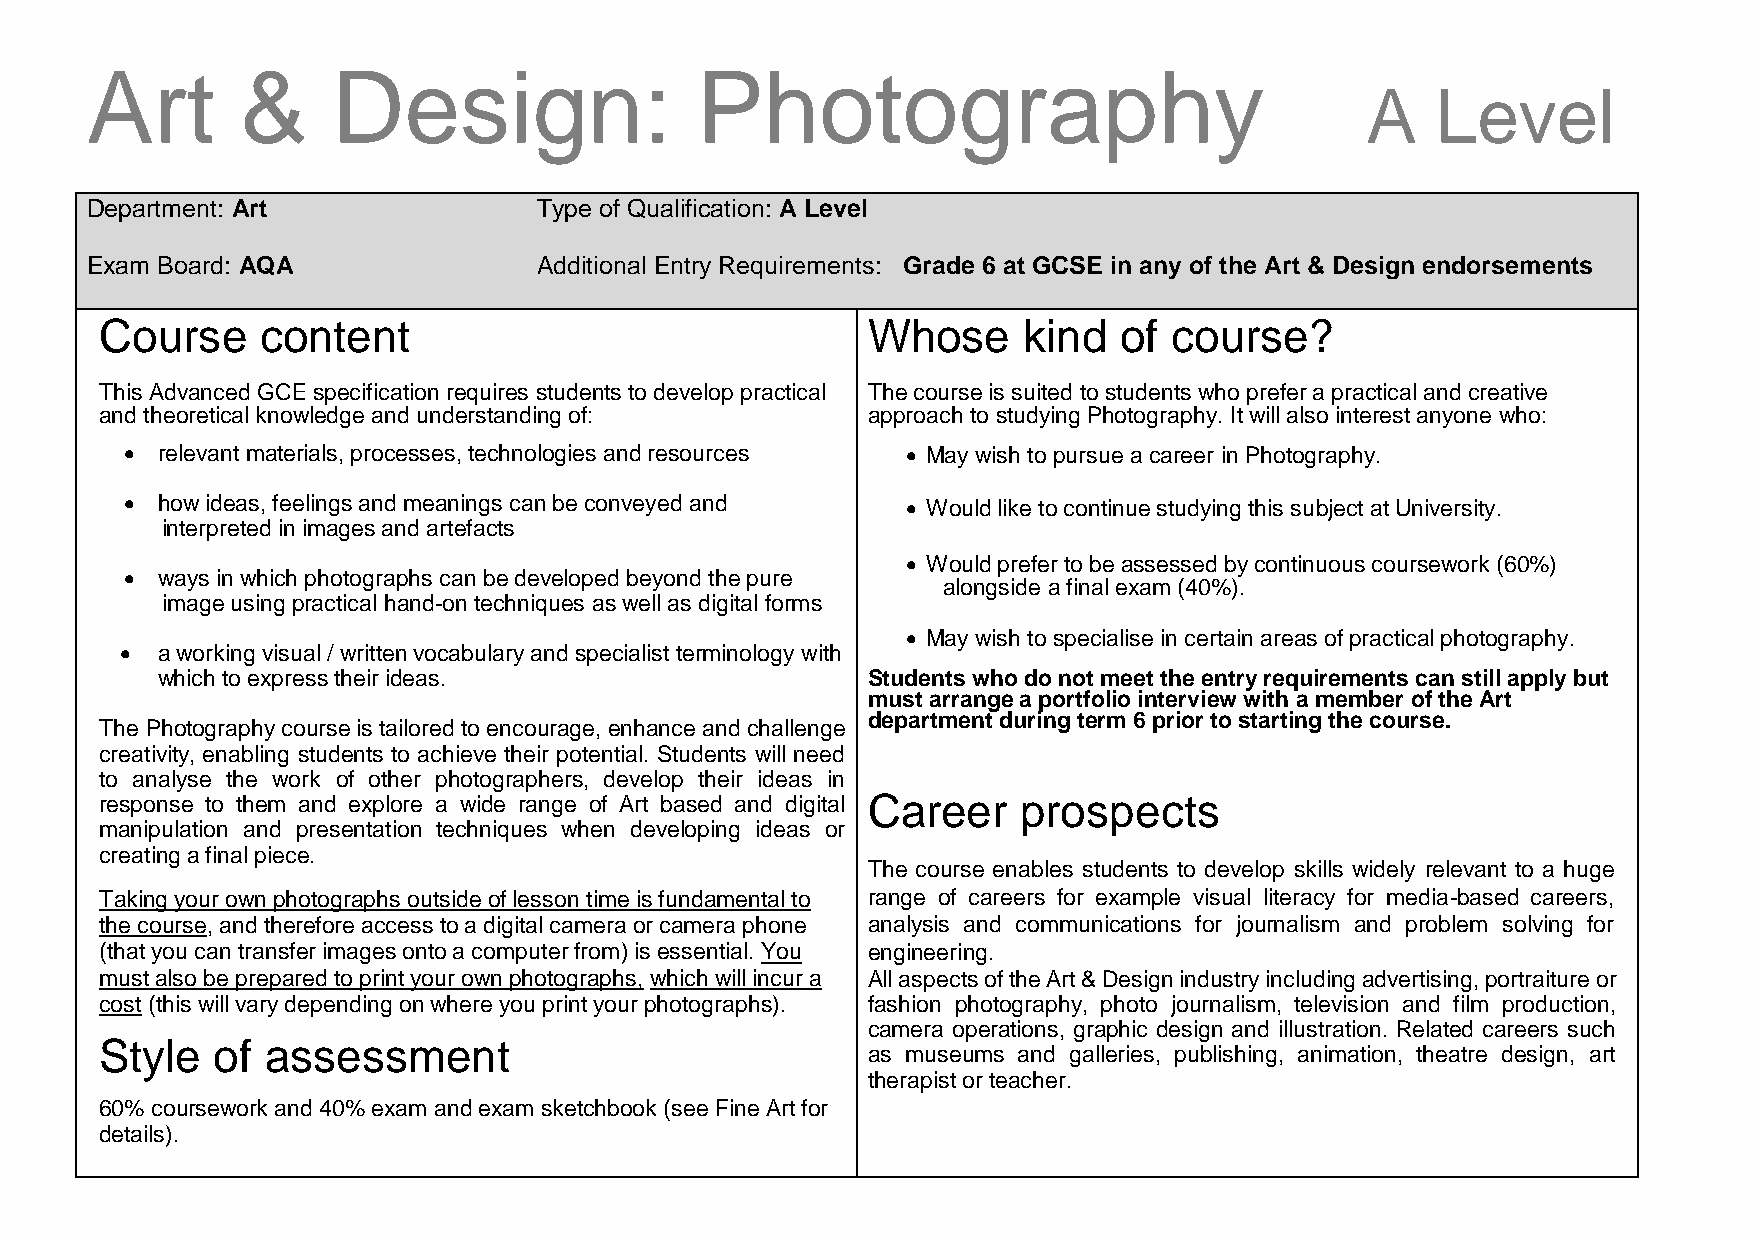
Art       &     Design:                 Photography
 A    Level
 Department: Art               Type of Qualification: A Level
 Exam Board: AQA               Additional Entry Requirements: Grade 6 at GCSE in any of the Art & Design endorsements
 Course    content                                 Whose      kind  of course?
 This Advanced GCE specification requires students to develop practical The course is suited to students who prefer a practical and creative
 and theoretical knowledge and understanding of:   approach to studying Photography. It will also interest anyone who:
  relevant materials, processes, technologies and resources  May wish to pursue a career in Photography.
  how ideas, feelings and meanings can be conveyed and  Would like to continue studying this subject at University.
 interpreted in images and artefacts
  Would prefer to be assessed by continuous coursework (60%)
  ways in which photographs can be developed beyond the pure
 alongside a final exam (40%).
 image using practical hand-on techniques as well as digital forms
  May wish to specialise in certain areas of practical photography.
  a working visual / written vocabulary and specialist terminology with
 which to express their ideas.                  Students who do not meet the entry requirements can still apply but
 must arrange a portfolio interview with a member of the Art
 department during term 6 prior to starting the course.
 The Photography course is tailored to encourage, enhance and challenge
 creativity, enabling students to achieve their potential. Students will need
 to analyse the work of other photographers, develop their ideas in
 response to them and explore a wide range of Art based and digital Career prospects
 manipulation and presentation techniques when developing ideas or
 creating a final piece.
 The course enables students to develop skills widely relevant to a huge
 Taking your own photographs outside of lesson time is fundamental to range of careers for example visual literacy for media-based careers,
 the course, and therefore access to a digital camera or camera phone analysis and communications for journalism and problem solving for
 (that you can transfer images onto a computer from) is essential. You engineering.
 must also be prepared to print your own photographs, which will incur a All aspects of the Art & Design industry including advertising, portraiture or
 cost (this will vary depending on where you print your photographs). fashion photography, photo journalism, television and film production,
 camera operations, graphic design and illustration. Related careers such
 Style  of  assessment
 as museums and galleries, publishing, animation, theatre design, art
 therapist or teacher.
 60% coursework and 40% exam and exam sketchbook (see Fine Art for
 details).